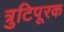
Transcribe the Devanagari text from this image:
त्रुटिपूरक